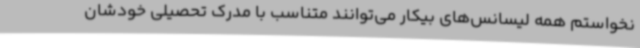
نخواستم همه لیسانس‌های بیکار می‌توانند متناسب با مدرک تحصیلی خودشان